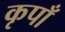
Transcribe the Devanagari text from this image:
कृपाँ